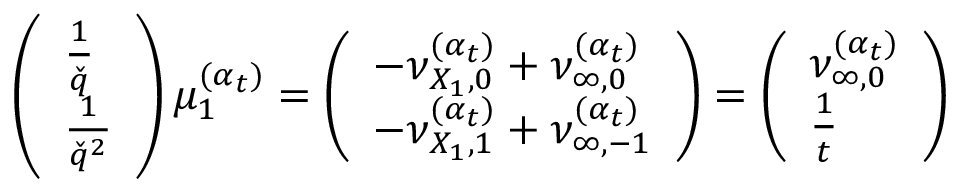
\left( \begin{array} { l } { \frac { 1 } { \check { q } } } \\ { \frac { 1 } { \check { q } ^ { 2 } } } \end{array} \right) \mu _ { 1 } ^ { ( \boldsymbol { \alpha } _ { t } ) } = \left( \begin{array} { l } { - \nu _ { { X _ { 1 } } , 0 } ^ { ( \boldsymbol { \alpha } _ { t } ) } + \nu _ { \infty , 0 } ^ { ( \boldsymbol { \alpha } _ { t } ) } } \\ { - \nu _ { { X _ { 1 } } , 1 } ^ { ( \boldsymbol { \alpha } _ { t } ) } + \nu _ { \infty , - 1 } ^ { ( \boldsymbol { \alpha } _ { t } ) } } \end{array} \right) = \left( \begin{array} { l } { \nu _ { \infty , 0 } ^ { ( \boldsymbol { \alpha } _ { t } ) } } \\ { \frac { 1 } { t } } \end{array} \right)